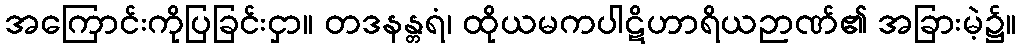
အကြောင်းကိုပြခြင်းငှာ။ တဒနန္တရံ၊ ထိုယမကပါဋိဟာရိယဉာဏ်၏ အခြားမဲ့၌။